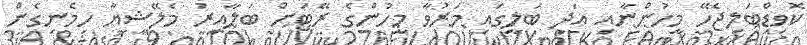
ކޮވިޑްބަލިޖެހޭ މީހުންނާއި އަދި ބަލީގައި މަރުވާ މީހުންގެ ރޭޓަށް ބަލާއިރު މެލޭޝިޔާ ހިމެނިގެން